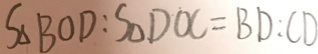
S _ { \Delta } B O D : S _ { \Delta } D O C = B D : C D